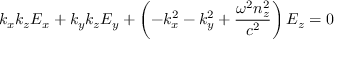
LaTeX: k _ { x } k _ { z } E _ { x } + k _ { y } k _ { z } E _ { y } + \left( - k _ { x } ^ { 2 } - k _ { y } ^ { 2 } + { \frac { \omega ^ { 2 } n _ { z } ^ { 2 } } { c ^ { 2 } } } \right) E _ { z } = 0